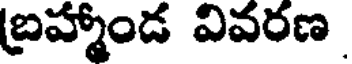
బ్రహ్మాండ వివరణ